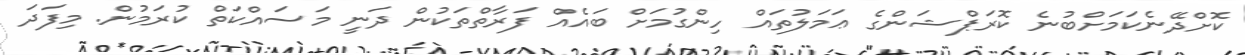
ކޮށްދޭނެކަމަށްބުނެ ކޮރަޕްޝަންގެ ޢަމަލުތައް ހިންގުމަށް ބައެއް ފަރާތްތަކުން ދަނީ މަސައްކަތް ކުރަމުން. މިފަދަ